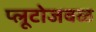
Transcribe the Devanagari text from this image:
प्लूटोजवळ